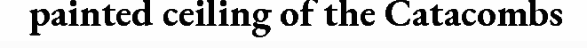
painted ceiling of the Catacombs